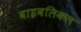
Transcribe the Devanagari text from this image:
बाइबलिकल